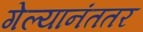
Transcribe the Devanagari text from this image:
गेल्यानंततर